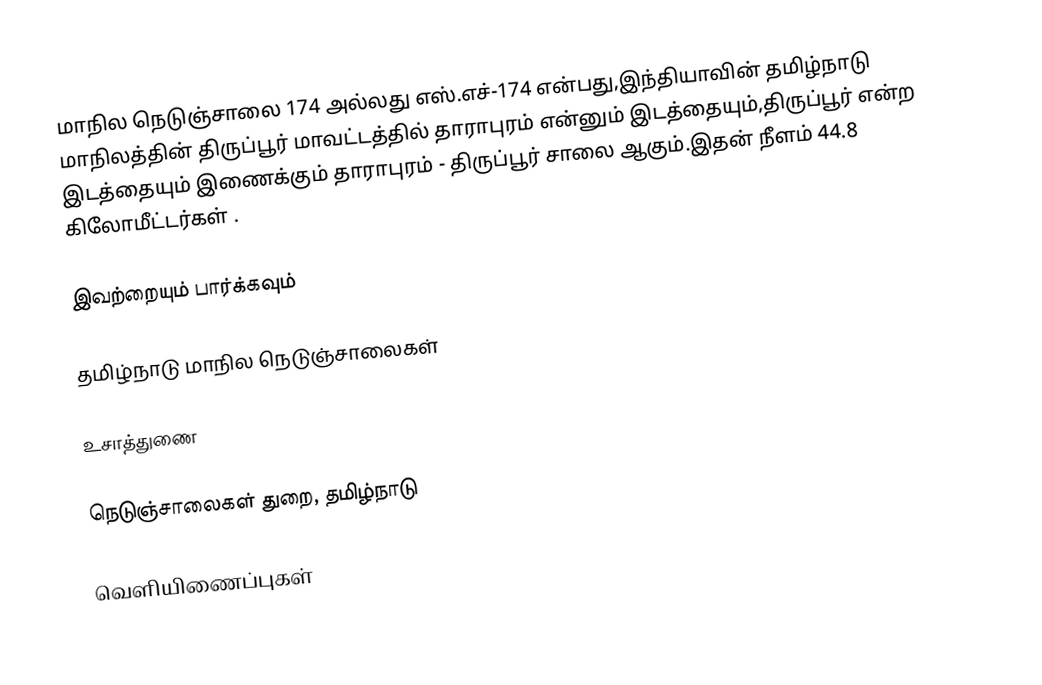
மாநில நெடுஞ்சாலை 174 அல்லது எஸ்.எச்-174  என்பது,இந்தியாவின் தமிழ்நாடு மாநிலத்தின்  திருப்பூர் மாவட்டத்தில்  தாராபுரம்  என்னும் இடத்தையும்,திருப்பூர்  என்ற இடத்தையும் இணைக்கும் தாராபுரம் - திருப்பூர் சாலை ஆகும்.இதன் நீளம் 44.8  கிலோமீட்டர்கள் .

இவற்றையும் பார்க்கவும்

 தமிழ்நாடு மாநில நெடுஞ்சாலைகள்

உசாத்துணை

 நெடுஞ்சாலைகள் துறை, தமிழ்நாடு

வெளியிணைப்புகள்